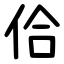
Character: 佮